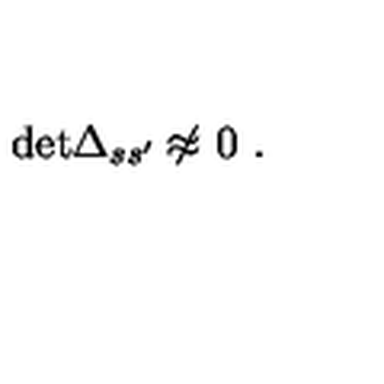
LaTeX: \mathrm { d e t } \Delta _ { s s ^ { \prime } } \not { \! \! \approx } \ 0 \ .